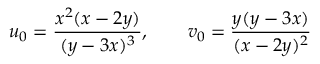
u _ { 0 } = \frac { x ^ { 2 } ( x - 2 y ) } { ( y - 3 x ) ^ { 3 } } , \qquad v _ { 0 } = \frac { y ( y - 3 x ) } { ( x - 2 y ) ^ { 2 } }